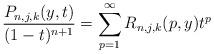
LaTeX: \begin{align*}\frac{P_{n,j,k}(y,t)}{(1-t)^{n+1}}=\sum_{p=1}^{\infty}R_{n,j,k}(p,y)t^{p}\end{align*}